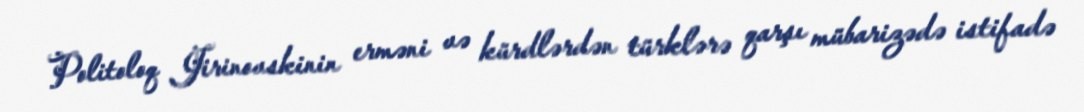
Politoloq Jirinovskinin erməni və kürdlərdən türklərə qarşı mübarizədə istifadə